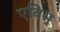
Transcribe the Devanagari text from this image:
एविस्